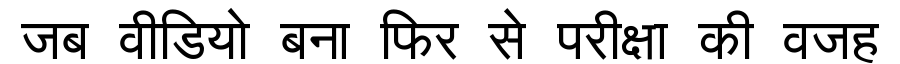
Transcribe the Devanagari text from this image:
जब वीडियो बना फिर से परीक्षा की वजह